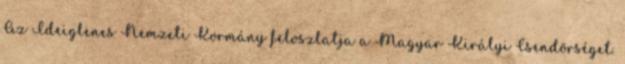
Az Ideiglenes Nemzeti Kormány feloszlatja a Magyar Királyi Csendõrséget.